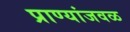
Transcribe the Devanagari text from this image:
प्राण्यांजवळ